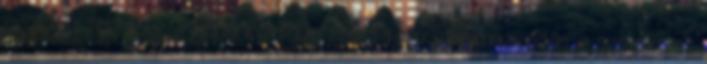
evolúció terméke, inkább egyfajta rövid távú alkalmazkodás a szegényes